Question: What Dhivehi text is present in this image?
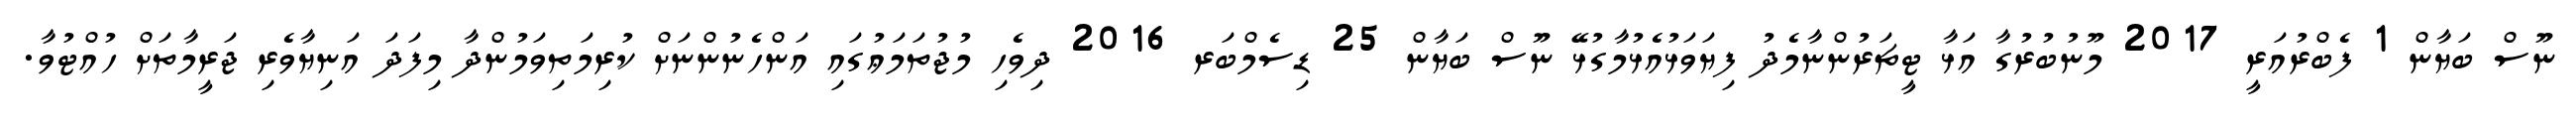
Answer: ނޫސް ބަޔާން 1 ފެބްރުއަރީ 2017 މޫނުބުރުގާ އަޅާ ޓީޗަރުންނާމެދު ފިޔަވަޅުއެޅުމާގުޅޭ ނޫސް ބަޔާން 25 ޑިސެމްބަރ 2016 ދިވެހި މުޖުތަމަޢުގައި އަންހެނުންނަށް ކުރިމަތިވަމުންދާ މިފަދަ އަނިޔާވެރި ޖަރީމާތަށް ހުއްޓުވާ.